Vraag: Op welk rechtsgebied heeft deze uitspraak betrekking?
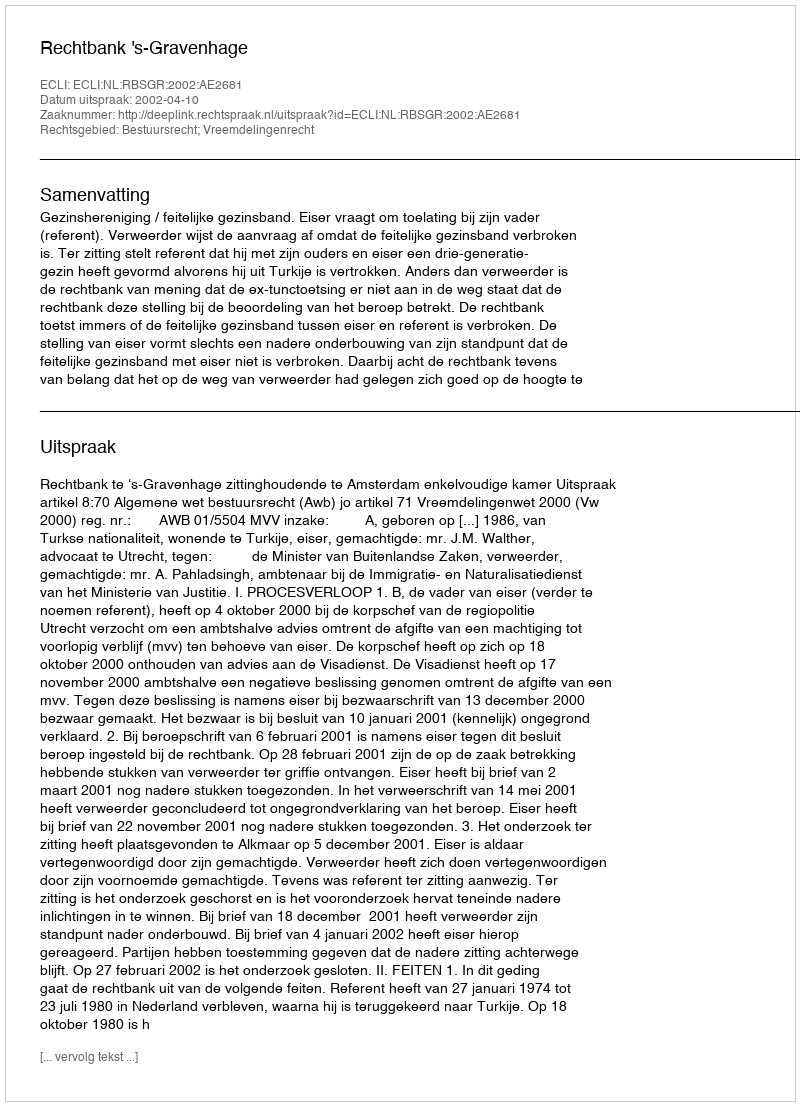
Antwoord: Bestuursrecht; Vreemdelingenrecht